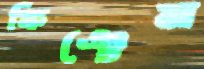
ফিঞ্চেম